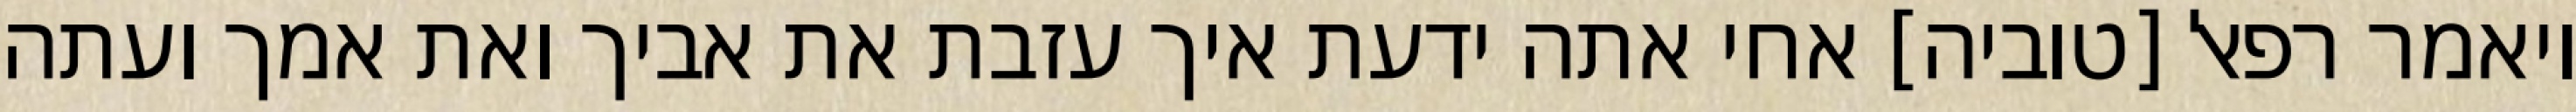
ויאמר רפאל [טוביה] אחי אתה ידעת איך עזבת את אביך ואת אמך ועתה